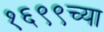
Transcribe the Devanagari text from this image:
१६९९च्या